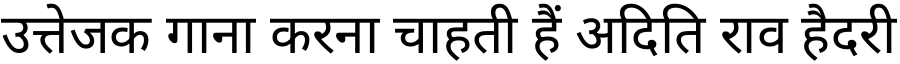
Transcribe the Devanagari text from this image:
उत्तेजक गाना करना चाहती हैं अदिति राव हैदरी